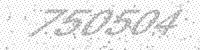
Solution: 750504